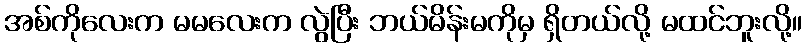
အစ်ကိုလေးက မမလေးက လွဲပြီး ဘယ်မိန်းမကိုမှ ရှိတယ်လို့ မထင်ဘူးလို့။